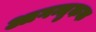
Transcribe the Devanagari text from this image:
आगन्तुकक